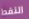
النفط